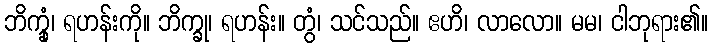
ဘိက္ခုံ၊ ရဟန်းကို။ ဘိက္ခု၊ ရဟန်း။ တွံ၊ သင်သည်။ ဧဟိ၊ လာလော။ မမ၊ ငါဘုရား၏။